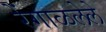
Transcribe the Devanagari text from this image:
रेंगाळलेले